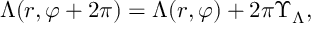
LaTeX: \Lambda ( r , \varphi + 2 \pi ) = \Lambda ( r , \varphi ) + 2 \pi \Upsilon _ { \Lambda } ,